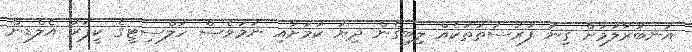
އަނބުރާލުމަށް ގިނަ ފުރުސަތުތަކެއް ލިބިގެން ދިޔަ ކަމަށާއި ނަމަވެސް ހަލްސިޓީގެ ކީޕަރު އެލްޑިން